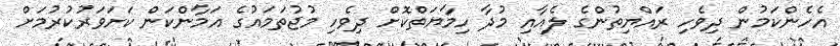
އެހެންކަމުން ދިވެހި ރައްޔިތުންގެ ލެއާއި މުދާ ހިމާޔަތްކޮށް ދިވެހި މުޖުތަމައުގެ އަމާންކަން ކަށަވަރުކުރުމަށް